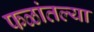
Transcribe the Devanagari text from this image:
फळांतल्या